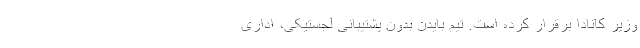
وزیر کانادا برقرار کرده است. تیم بایدن بدون پشتیبانی لجستیکی، اداری